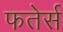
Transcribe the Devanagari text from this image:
फतेर्स